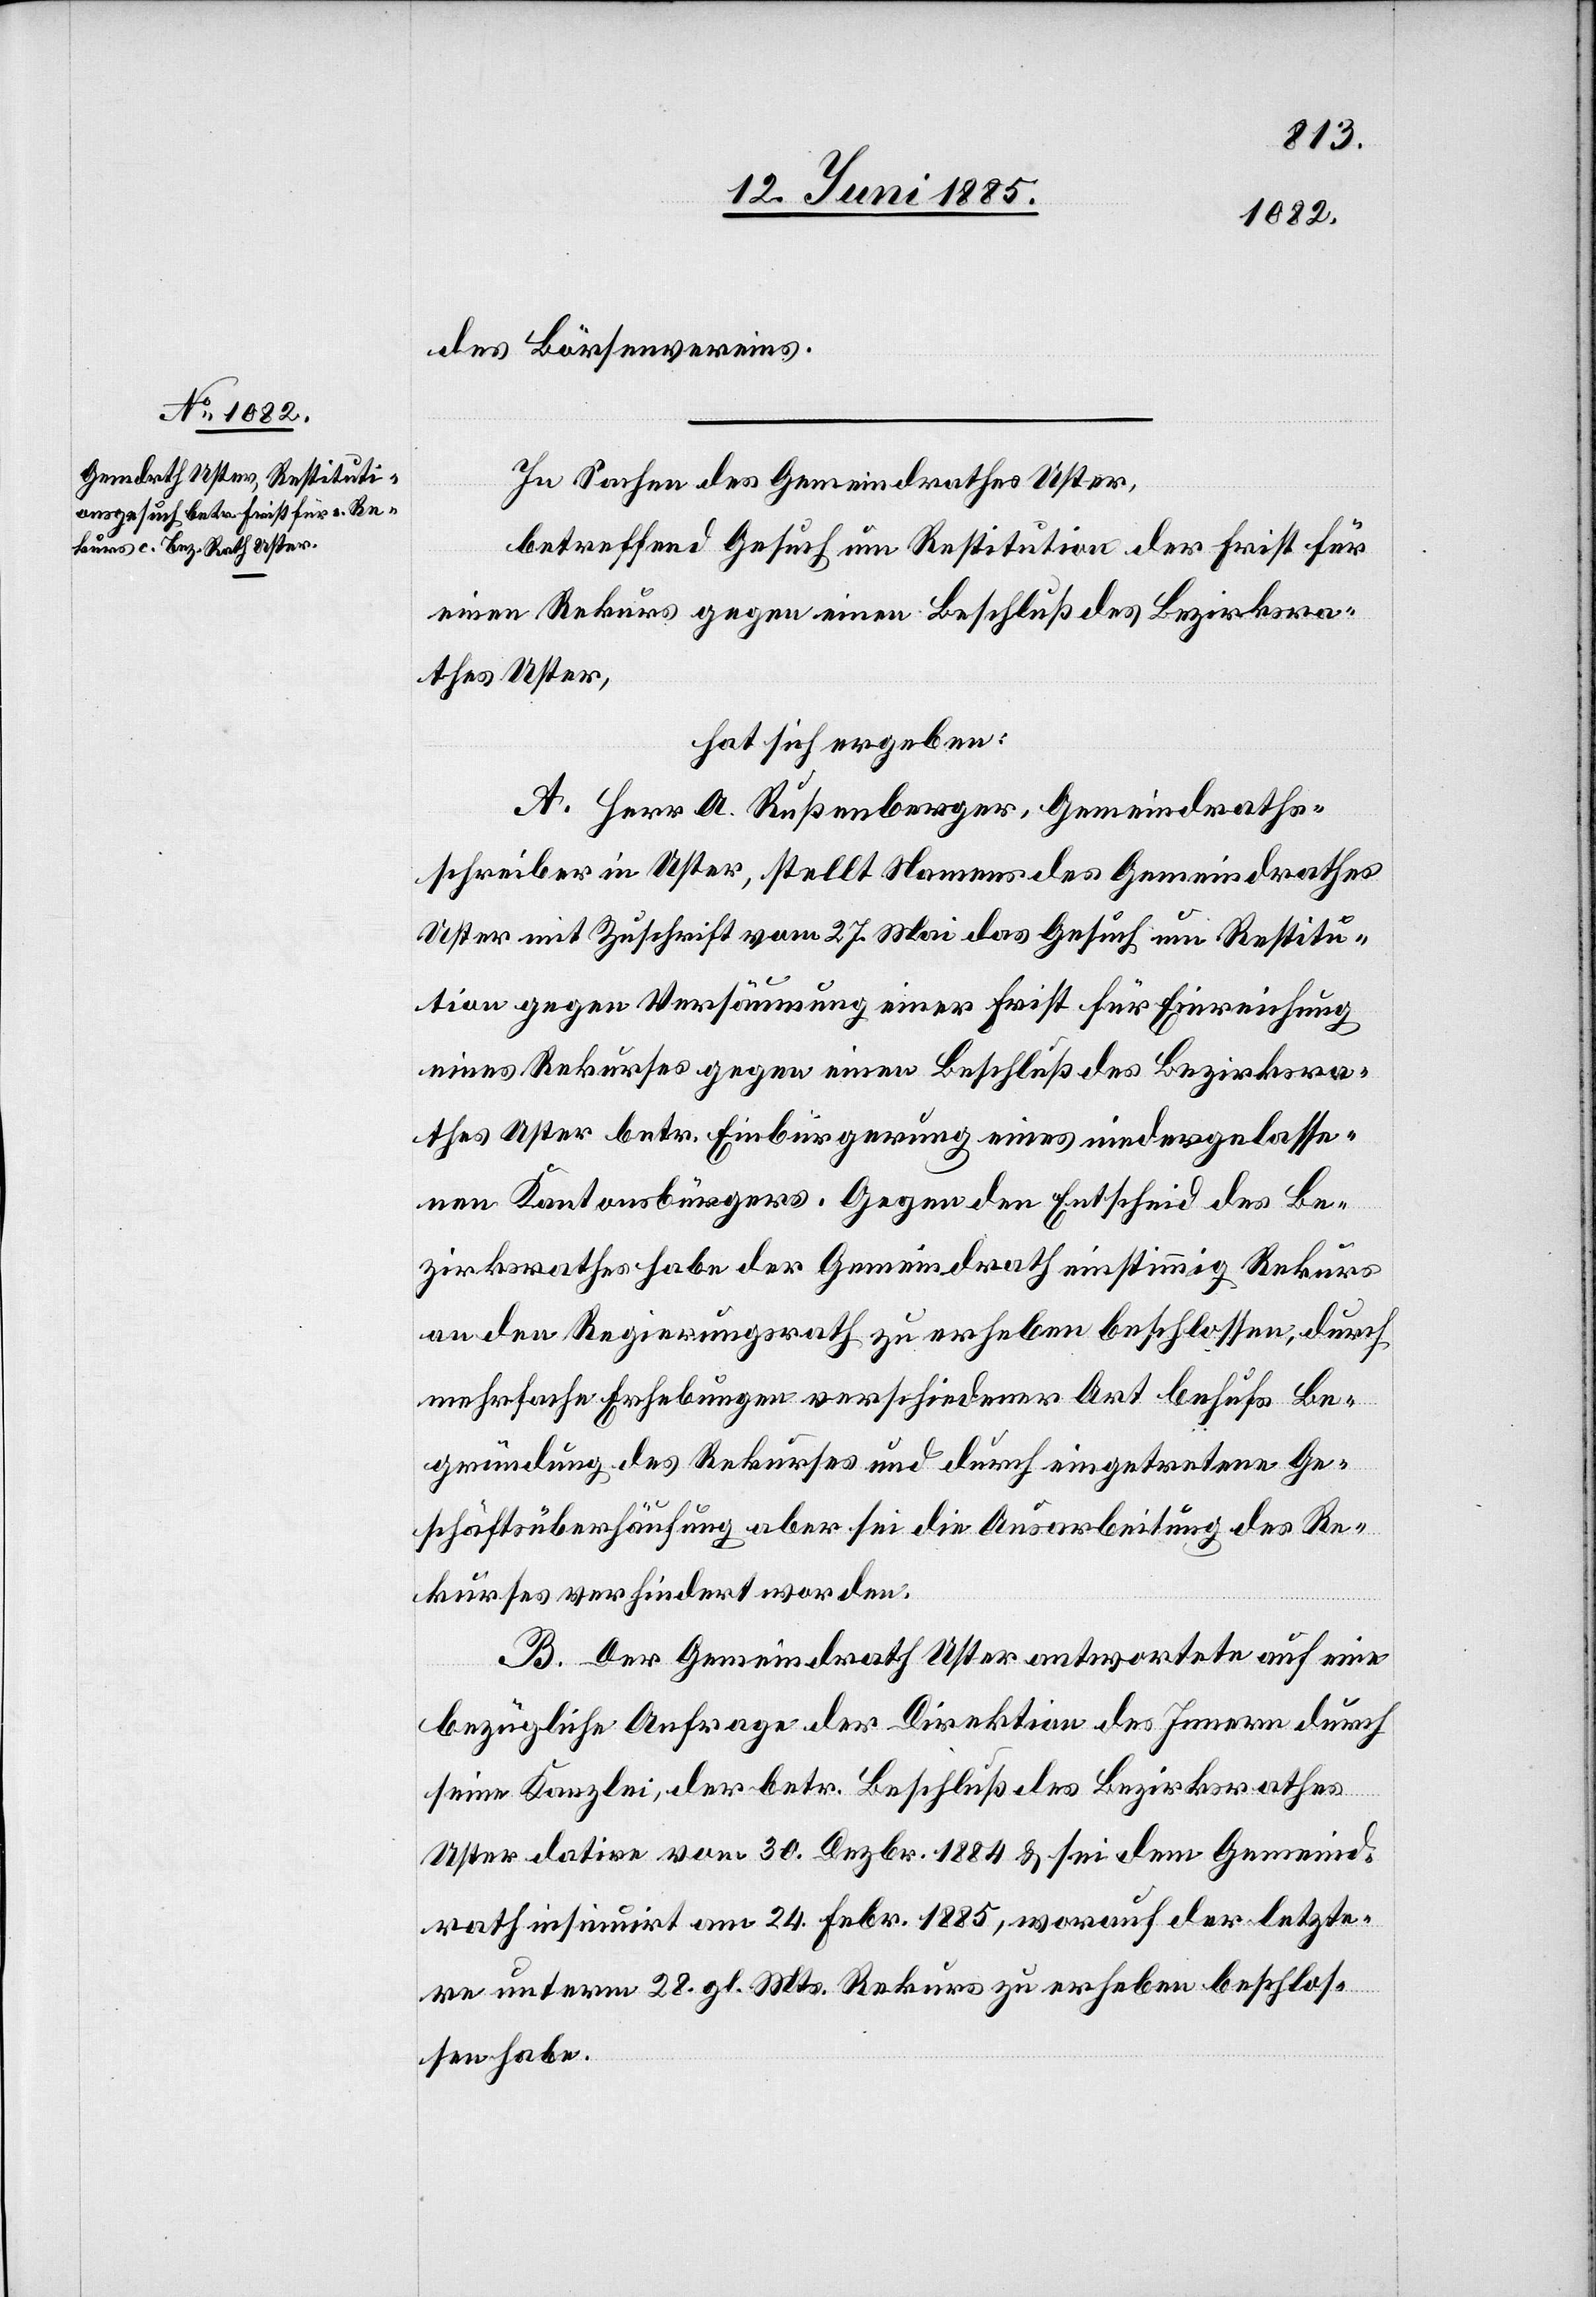
des Börsenvereins.
In Sachen des Gemeindrathes Uster,
betreffend Gesuch um Restitution der Frist für
einen Rekurs gegen einen Beschluß des Bezirksra¬
thes Uster,
hat sich ergeben:
A. Herr A. Rußenberger, Gemeindraths¬
schreiber in Uster, stellt Namens des Gemeindrathes
Uster mit Zuschrift vom 27. Mai das Gesuch um Restitu¬
tion gegen Versäumung einer Frist für Einreichung
eines Rekurses gegen einen Beschluß des Bezirksra¬
thes Uster betr. Einbürgerung eines niedergelasse¬
nen Kantonsbürgers. Gegen den Entscheid des Be¬
zirksrathes habe der Gemeindrath einstimmig Rekurs
an den Regierungsrath zu erheben beschlossen, durch
mehrfache Erhebungen verschiedener Art behufs Be¬
gründung des Rekurses und durch eingetretene Ge¬
schäftsüberhäufung aber sei die Ausarbeitung des Re¬
kurses verhindert worden.
B. Der Gemeindrath Uster antwortete auf eine
bezügliche Anfrage der Direktion des Innern durch
seine Kanzlei, der betr. Beschluß des Bezirksrathes
Uster datire vom 30. Dezbr. 1884 & sei dem Gemeind¬
rath insinuirt am 24. Febr. 1885, worauf der letzte¬
re unterm 28. gl. Mts. Rekurs zu erheben beschlos¬
sen habe.